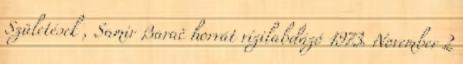
Születések , Samir Barač horvát vízilabdázó 1973. November 2